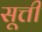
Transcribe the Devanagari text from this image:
सूत्ती